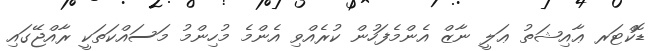
ޑޮކްޓަރ ޢާއިޝަތު ޢަލީ ނާޒް އެންމެފަހުން ކުރެއްވި އެންމެ މުހިންމު މަސައްކަތަކީ ރާއްޖޭގައި